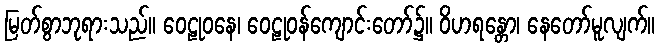
မြတ်စွာဘုရားသည်။ ဝေဠုဝနေ၊ ဝေဠုဝန်ကျောင်းတော်၌။ ဝိဟရန္တော၊ နေတော်မူလျက်။